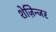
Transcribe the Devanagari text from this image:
शेज़िन्जर